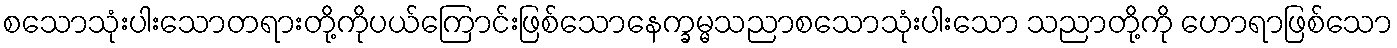
စသောသုံးပါးသောတရားတို့ကိုပယ်ကြောင်းဖြစ်သောနေက္ခမ္မသညာစသောသုံးပါးသော သညာတို့ကို ဟောရာဖြစ်သော